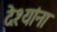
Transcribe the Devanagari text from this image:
देश्यांना